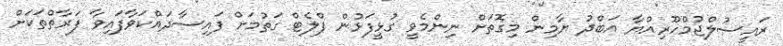
ރައީސުލްޖުމްހޫރިއްޔާ އަބްދު ޔާމިން މިގޮތަށް ނިންމެވީ ގުޅީފަޅުން ފްލެޓް ގަތުމަށް ފައިސާދައްކަވާފައިވާ ފަރާތްތަކަށް